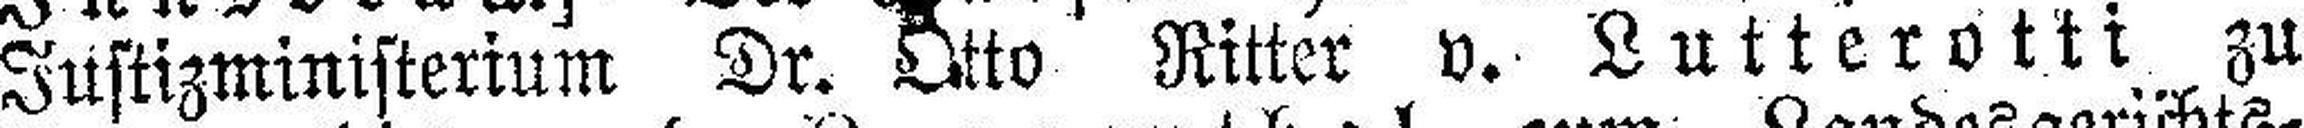
Justizministerium Dr. Otto Ritter v. Lutterotti zu